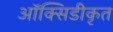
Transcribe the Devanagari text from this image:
ऑक्सिडीकृत